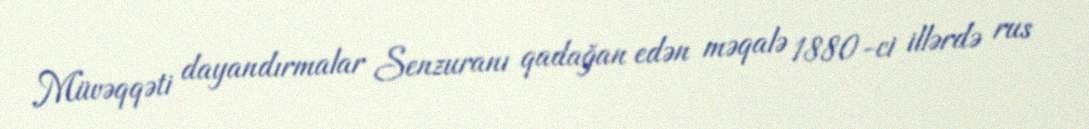
Müvəqqəti dayandırmalar Senzuranı qadağan edən məqalə 1880-ci illərdə rus